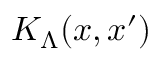
K _ { \Lambda } ( x , x ^ { \prime } )